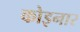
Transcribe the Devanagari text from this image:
कोइनार